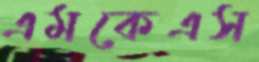
এমকেএস